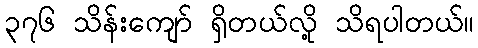
၃၇၆ သိန်းကျော် ရှိတယ်လို့ သိရပါတယ်။